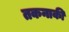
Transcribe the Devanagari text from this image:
तकनाकी